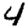
Digit: 4